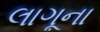
લાગૂના